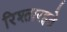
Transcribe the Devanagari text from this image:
रिश्तारहते